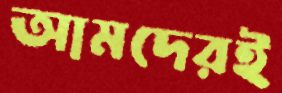
আমদেরই